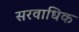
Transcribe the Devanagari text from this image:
सरवाधिक